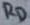
Text: RD